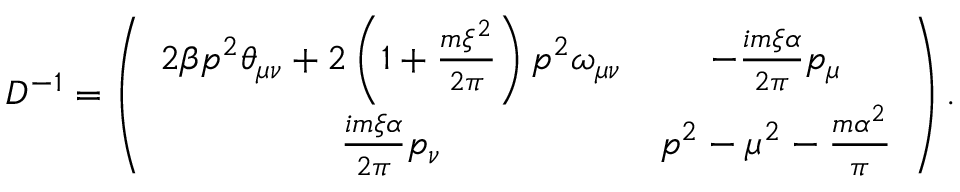
{ \cal D } ^ { - 1 } = \left( \begin{array} { c c } { { 2 \beta p ^ { 2 } \theta _ { \mu \nu } + 2 \left( 1 + \frac { m \xi ^ { 2 } } { 2 \pi } \right) p ^ { 2 } \omega _ { \mu \nu } } } & { { - \frac { i m \xi \alpha } { 2 \pi } p _ { \mu } } } \\ { { \frac { i m \xi \alpha } { 2 \pi } p _ { \nu } } } & { { p ^ { 2 } - \mu ^ { 2 } - \frac { m \alpha ^ { 2 } } { \pi } } } \end{array} \right) .